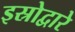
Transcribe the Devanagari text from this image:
इस्रोद्वारे